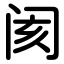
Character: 阂